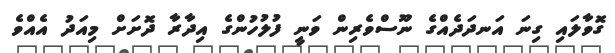
ގޮވާލައި ގިނަ އަނދަދެއްގެ ނޫސްވެރިން ވަނީ ފުލުހުންގެ އިދާރާ ދޮށަށް މިއަދު އެއްވެ